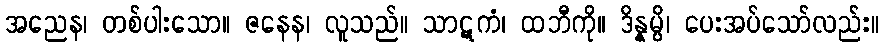
အညေန၊ တစ်ပါးသော။ ဇနေန၊ လူသည်။ သာဋကံ၊ ထဘီကို။ ဒိန္နမ္ပိ၊ ပေးအပ်သော်လည်း။